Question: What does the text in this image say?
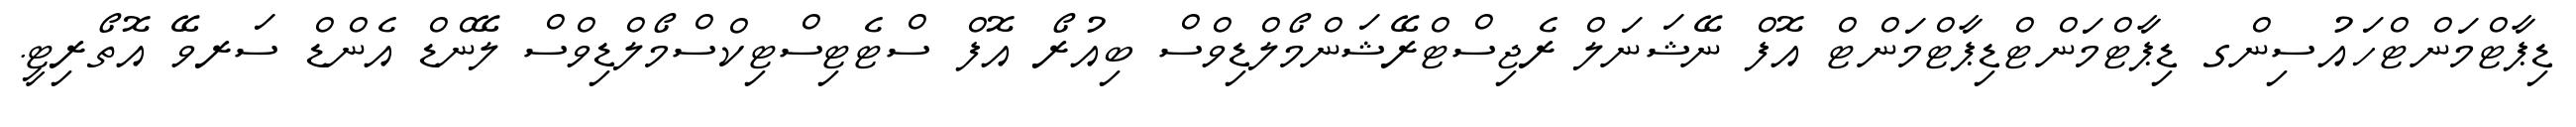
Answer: ޑިޕާޓްމަންޓްހައުސިންގ ޑިޕާޓްމަންޓްޑިޕާޓްމަންޓް އޮފް ނޭޝަނަލް ރެޖިސްޓްރޭޝަންމޯލްޑިވްސް ބިއުރޯ އޮފް ސްޓެޓިސްޓިކްސްމޯލްޑިވްސް ލޭންޑް އެންޑް ސަރވޭ އޮތޯރިޓީ.